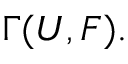
\Gamma ( U , F ) .